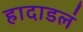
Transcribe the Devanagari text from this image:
हादाडलं